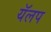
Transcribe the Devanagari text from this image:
यॅलप